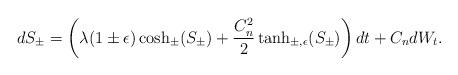
LaTeX: \begin{align*}d S_{\pm}=\left(\lambda (1 \pm \epsilon) \cosh_{\pm} (S_{\pm})+\frac {C_n^2}{2}\tanh_{\pm, \epsilon} (S_{\pm})\right) dt+ C_n d W_t.\end{align*}